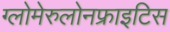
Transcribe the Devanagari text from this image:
ग्लोमेरुलोनफ्राइटिस